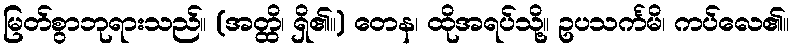
မြတ်စွာဘုရားသည်။ (အတ္ထိ၊ ရှိ၏။) တေန၊ ထိုအရပ်သို့။ ဥပသင်္ကမိ၊ ကပ်လေ၏။